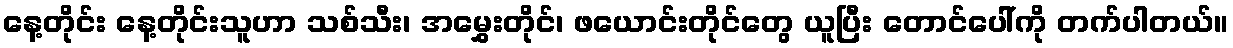
နေ့တိုင်း နေ့တိုင်းသူဟာ သစ်သီး၊ အမွှေးတိုင်၊ ဖယောင်းတိုင်တွေ ယူပြီး တောင်ပေါ်ကို တက်ပါတယ်။